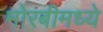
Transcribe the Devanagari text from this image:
मोरबीमध्ये